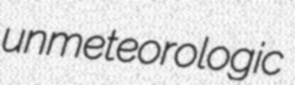
unmeteorologic